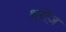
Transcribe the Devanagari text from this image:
थरोंज़